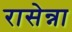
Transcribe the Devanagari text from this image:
रासेन्ना